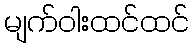
မျက်ဝါးထင်ထင်